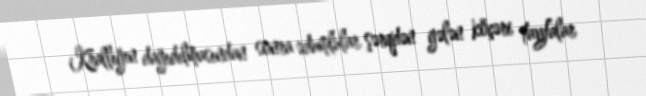
Krallığın dağıdılmasından sonra ədumlular şərqdən gələn köçəri tayfalar